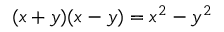
( x + y ) ( x - y ) = x ^ { 2 } - y ^ { 2 }